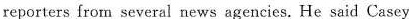
reporters fro n several news agencies. He said Casey